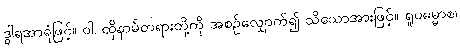
ဒွါရအာရုံဖြင့်။ ဝါ၊ ထိုနာမ်တရားတို့ကို အစဉ်လျှောက်၍ သိသောအားဖြင့်။ ရူပဓမ္မာစ၊